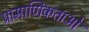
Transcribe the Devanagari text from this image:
प्रामाणिकताओं